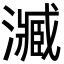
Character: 㵴